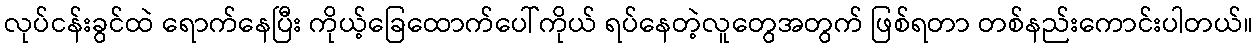
လုပ်ငန်းခွင်ထဲ ရောက်နေပြီး ကိုယ့်ခြေထောက်ပေါ်ကိုယ် ရပ်နေတဲ့လူတွေအတွက် ဖြစ်ရတာ တစ်နည်းကောင်းပါတယ်။